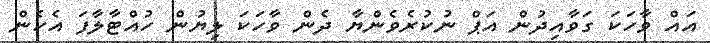
އައް ވާހަކަ ގަވާއިދުން އަޕް ނުކުރެވެންޔާ ދެން ވާހަކަ ލިޔުން ހުއްޓާލާފަ އެހެން